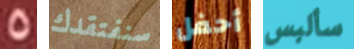
5 سنفتقدك أحفل سألبس